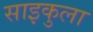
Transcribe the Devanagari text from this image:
साइकुला